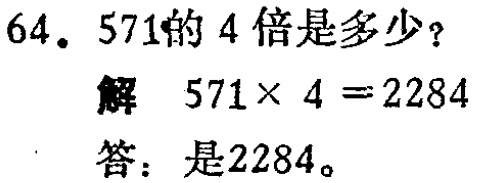
64. 571的4倍是多少？

解 \(571\times 4 = 2284\)

答：是2284。